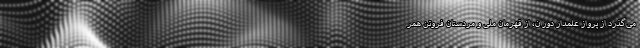
می‌گذرد از پرواز علمدار دوران، از قهرمانِ ملی و مردستان فروتن همر